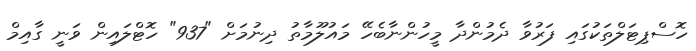
ހޮސްޕިޓަލްތަކުގައި ފަރުވާ ދެމުންދާ މީހުންނާބެހޭ މައުލޫމާތު ދިނުމަށް "937" ހޮޓްލައިން ވަނީ ގާއިމް